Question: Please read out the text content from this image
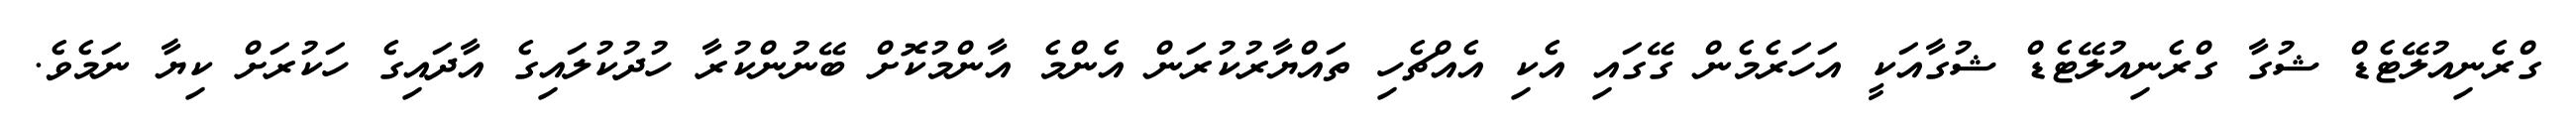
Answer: ގްރެނިއުލޭޓެޑް ޝުގާ ގްރެނިއުލޭޓެޑް ޝުގާއަކީ އަހަރެމެން ގޭގައި އެކި އެއްޗެހި ތައްޔާރުކުރަން އެންމެ އާންމުކޮށް ބޭނުންކުރާ ހުދުކުލައިގެ އާދައިގެ ހަކުރަށް ކިޔާ ނަމެވެ.